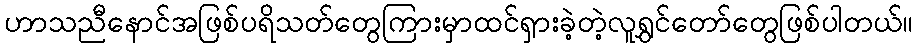
ဟာသညီနောင်အဖြစ်ပရိသတ်တွေကြားမှာထင်ရှားခဲ့တဲ့လူရွှင်တော်တွေဖြစ်ပါတယ်။